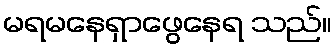
မရမနေရှာဖွေနေရ သည်။